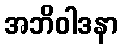
အဘိဝါဒနာ